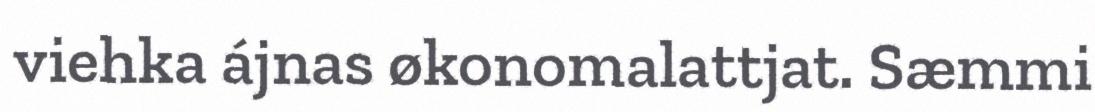
viehka ájnas økonomalattjat. Sæmmi